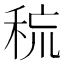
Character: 𰨧